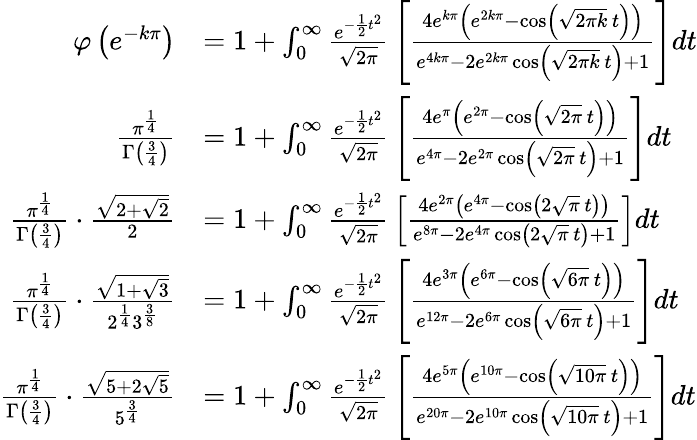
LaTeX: {\begin{array}{rl}{\varphi\left(e^{-k\pi}\right)}&{=1+\int_{0}^{\infty}{\frac{e^{-{\frac{1}{2}}t^{2}}}{\sqrt{2\pi}}}\left[{\frac{4e^{k\pi}\left(e^{2k\pi}-\cos\left({\sqrt{2\pi k}}\, t\right)\right)}{e^{4k\pi}-2e^{2k\pi}\cos\left({\sqrt{2\pi k}}\, t\right)+1}}\right]dt}\\ {{\frac{\pi^{\frac{1}{4}}}{\Gamma\left({\frac{3}{4}}\right)}}}&{=1+\int_{0}^{\infty}{\frac{e^{-{\frac{1}{2}}t^{2}}}{\sqrt{2\pi}}}\left[{\frac{4e^{\pi}\left(e^{2\pi}-\cos\left({\sqrt{2\pi}}\, t\right)\right)}{e^{4\pi}-2e^{2\pi}\cos\left({\sqrt{2\pi}}\, t\right)+1}}\right]dt}\\ {{\frac{\pi^{\frac{1}{4}}}{\Gamma\left({\frac{3}{4}}\right)}}\cdot{\frac{\sqrt{2+{\sqrt{2}}}}{2}}}&{=1+\int_{0}^{\infty}{\frac{e^{-{\frac{1}{2}}t^{2}}}{\sqrt{2\pi}}}\left[{\frac{4e^{2\pi}\left(e^{4\pi}-\cos\left(2{\sqrt{\pi}}\, t\right)\right)}{e^{8\pi}-2e^{4\pi}\cos\left(2{\sqrt{\pi}}\, t\right)+1}}\right]dt}\\ {{\frac{\pi^{\frac{1}{4}}}{\Gamma\left({\frac{3}{4}}\right)}}\cdot{\frac{\sqrt{1+{\sqrt{3}}}}{2^{\frac{1}{4}}3^{\frac{3}{8}}}}}&{=1+\int_{0}^{\infty}{\frac{e^{-{\frac{1}{2}}t^{2}}}{\sqrt{2\pi}}}\left[{\frac{4e^{3\pi}\left(e^{6\pi}-\cos\left({\sqrt{6\pi}}\, t\right)\right)}{e^{12\pi}-2e^{6\pi}\cos\left({\sqrt{6\pi}}\, t\right)+1}}\right]dt}\\ {{\frac{\pi^{\frac{1}{4}}}{\Gamma\left({\frac{3}{4}}\right)}}\cdot{\frac{\sqrt{5+2{\sqrt{5}}}}{5^{\frac{3}{4}}}}}&{=1+\int_{0}^{\infty}{\frac{e^{-{\frac{1}{2}}t^{2}}}{\sqrt{2\pi}}}\left[{\frac{4e^{5\pi}\left(e^{10\pi}-\cos\left({\sqrt{10\pi}}\, t\right)\right)}{e^{20\pi}-2e^{10\pi}\cos\left({\sqrt{10\pi}}\, t\right)+1}}\right]dt}\end{array}}